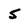
Character: 5